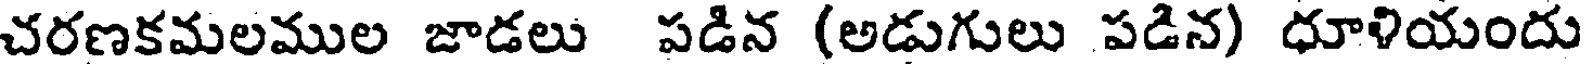
చరణకమలముల జాడలు పడిన (అడుగులు పడిన) ధూళియందు